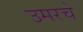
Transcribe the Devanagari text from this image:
उमरचे